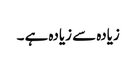
زیادہ سے زیادہ ہے ۔